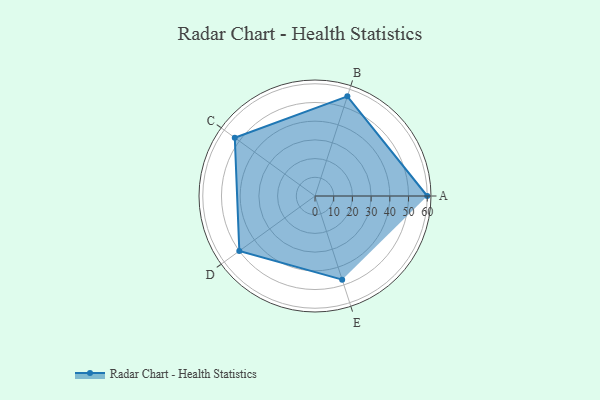
{"axis": {"x": "Skill", "y": "Score"}, "legend": ["Profile"], "data": [{"x": "A", "y": 60.0, "type": "Profile"}, {"x": "B", "y": 56.0, "type": "Profile"}, {"x": "C", "y": 53.0, "type": "Profile"}, {"x": "D", "y": 50.0, "type": "Profile"}, {"x": "E", "y": 47.0, "type": "Profile"}]}